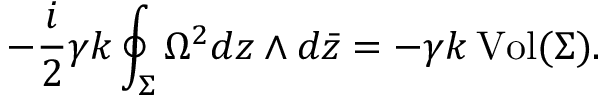
- \frac { i } { 2 } \gamma k \oint _ { \Sigma } \Omega ^ { 2 } d z \wedge d \bar { z } = - \gamma k \, \mathrm { V o l } ( \Sigma ) .